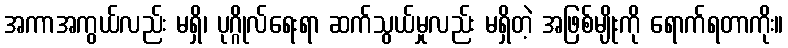
အကာအကွယ်လည်း မရှိ၊ ပုဂ္ဂိုလ်ရေးရာ ဆက်သွယ်မှုလည်း မရှိတဲ့ အဖြစ်မျိုးကို ရောက်ရတာကိုး။